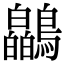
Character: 𫛘